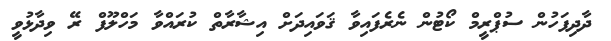
ދާދިފަހުން ސުޕްރީމް ކޯޓުން ނެރެފައިވާ ޤަވައިދަށް އިޝާރާތް ކުރައްވާ މަހްލޫފް ރޭ ވިދާޅުވީ